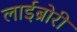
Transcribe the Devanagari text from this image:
लाईब्रोरी